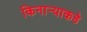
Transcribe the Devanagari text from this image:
किनार्‍याकडे